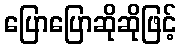
ပြောပြောဆိုဆိုဖြင့်